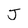
Character: J